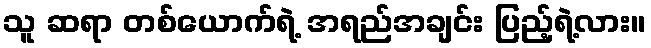
သူ ဆရာ တစ်ယောက်ရဲ့ အရည်အချင်း ပြည့်ရဲ့လား။